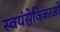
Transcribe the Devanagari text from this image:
स्वयंसेविकाओं